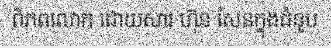
ពិភពលោក ដោយសារ ហ៊ុន សែនក្នុងជំនួប